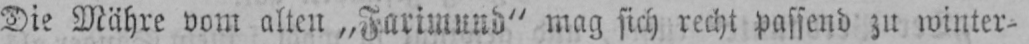
Die Mähre vom alten „Farimund“ mag sich recht passend zu winter-